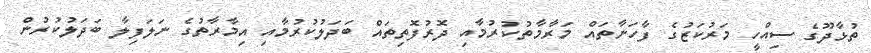
ތުޅާދޫގެ ސިއްހީ މަރުކަޒުގެ ފާހަނާތައް މަރާމާތުކުރުމާއި ދޮރުފޮތިތައް ބަދަލުކުރުމާއި އިމާރާތުގެ ނަލަފިލާ ބަދަލުކުރުން